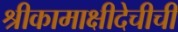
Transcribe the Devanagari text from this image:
श्रीकामाक्षीदेचीची